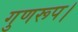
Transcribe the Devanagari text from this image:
गुणरूप।